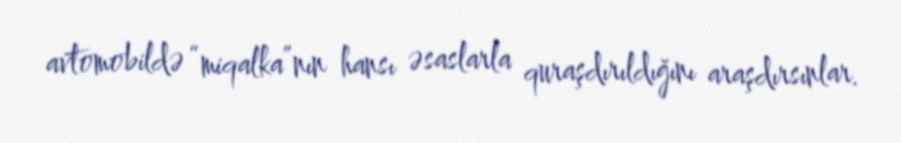
avtomobildə “miqalka”nın hansı əsaslarla quraşdırıldığını araşdırsınlar.